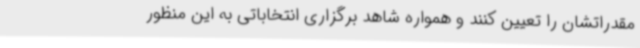
مقدراتشان را تعیین کنند و همواره شاهد برگزاری انتخاباتی به این منظور